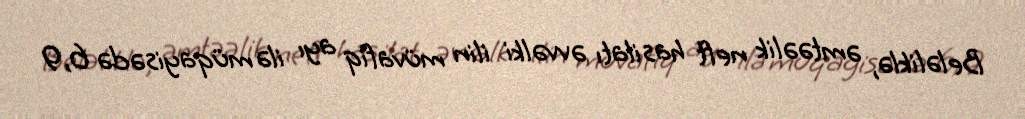
Beləliklə, əmtəəlik neft hasilatı əvvəlki ilin müvafiq ayı ilə müqayisədə 6,9